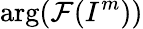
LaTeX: \arg(\mathcal{F}(I^{m}))